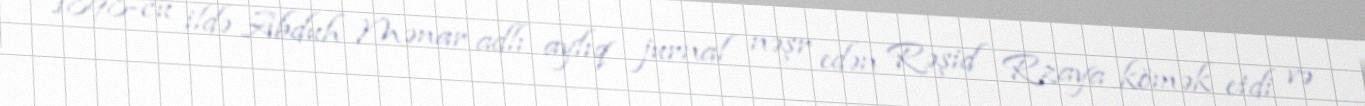
1898-cu ildə Abduh Mənar adlı aylıq jurnal nəşr edən Rəşid Rzaya kömək etdi və